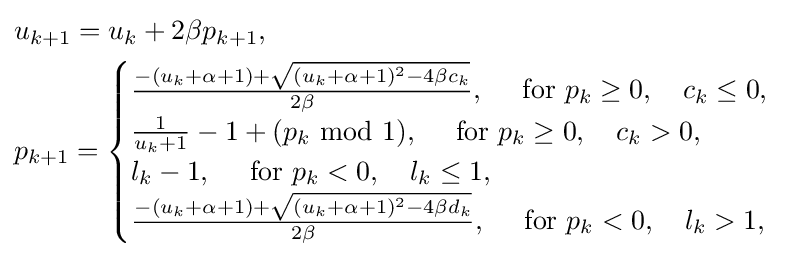
{\begin{aligned}&u_{k+1}=u_{k}+2\beta p_{k+1},\\&p_{k+1}={\begin{cases}{\frac {-(u_{k}+\alpha +1)+{\sqrt {(u_{k}+\alpha +1)^{2}-4\beta c_{k}}}}{2\beta }},\quad {\text{ for }}p_{k}\geq 0,\quad c_{k}\leq 0,\\{\frac {1}{u_{k}+1}}-1+(p_{k}{\text{ mod }}1),\quad {\text{ for }}p_{k}\geq 0,\quad c_{k}>0,\\l_{k}-1,\quad {\text{ for }}p_{k}<0,\quad l_{k}\leq 1,\\{\frac {-(u_{k}+\alpha +1)+{\sqrt {(u_{k}+\alpha +1)^{2}-4\beta d_{k}}}}{2\beta }},\quad {\text{ for }}p_{k}<0,\quad l_{k}>1,\end{cases}}\end{aligned}}